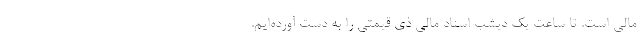
مالی است. تا ساعت یک دیشب اسناد مالی ذی قیمتی را به دست آورده‌ایم.